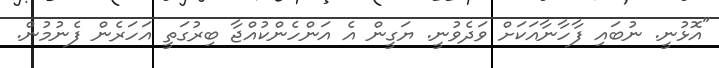
"އޮޅުނީ. ނުބައި ފާހާނާއަކަށް ވަދެވުނީ. ޔަގީން އެ އަންހެންކުއްޖާ ބިރުގަތީ އަހަރެން ފެނުމުން.